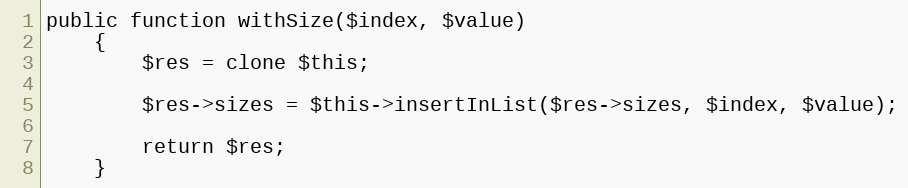
Language: PHP
public function withSize($index, $value)
    {
        $res = clone $this;

        $res->sizes = $this->insertInList($res->sizes, $index, $value);

        return $res;
    }